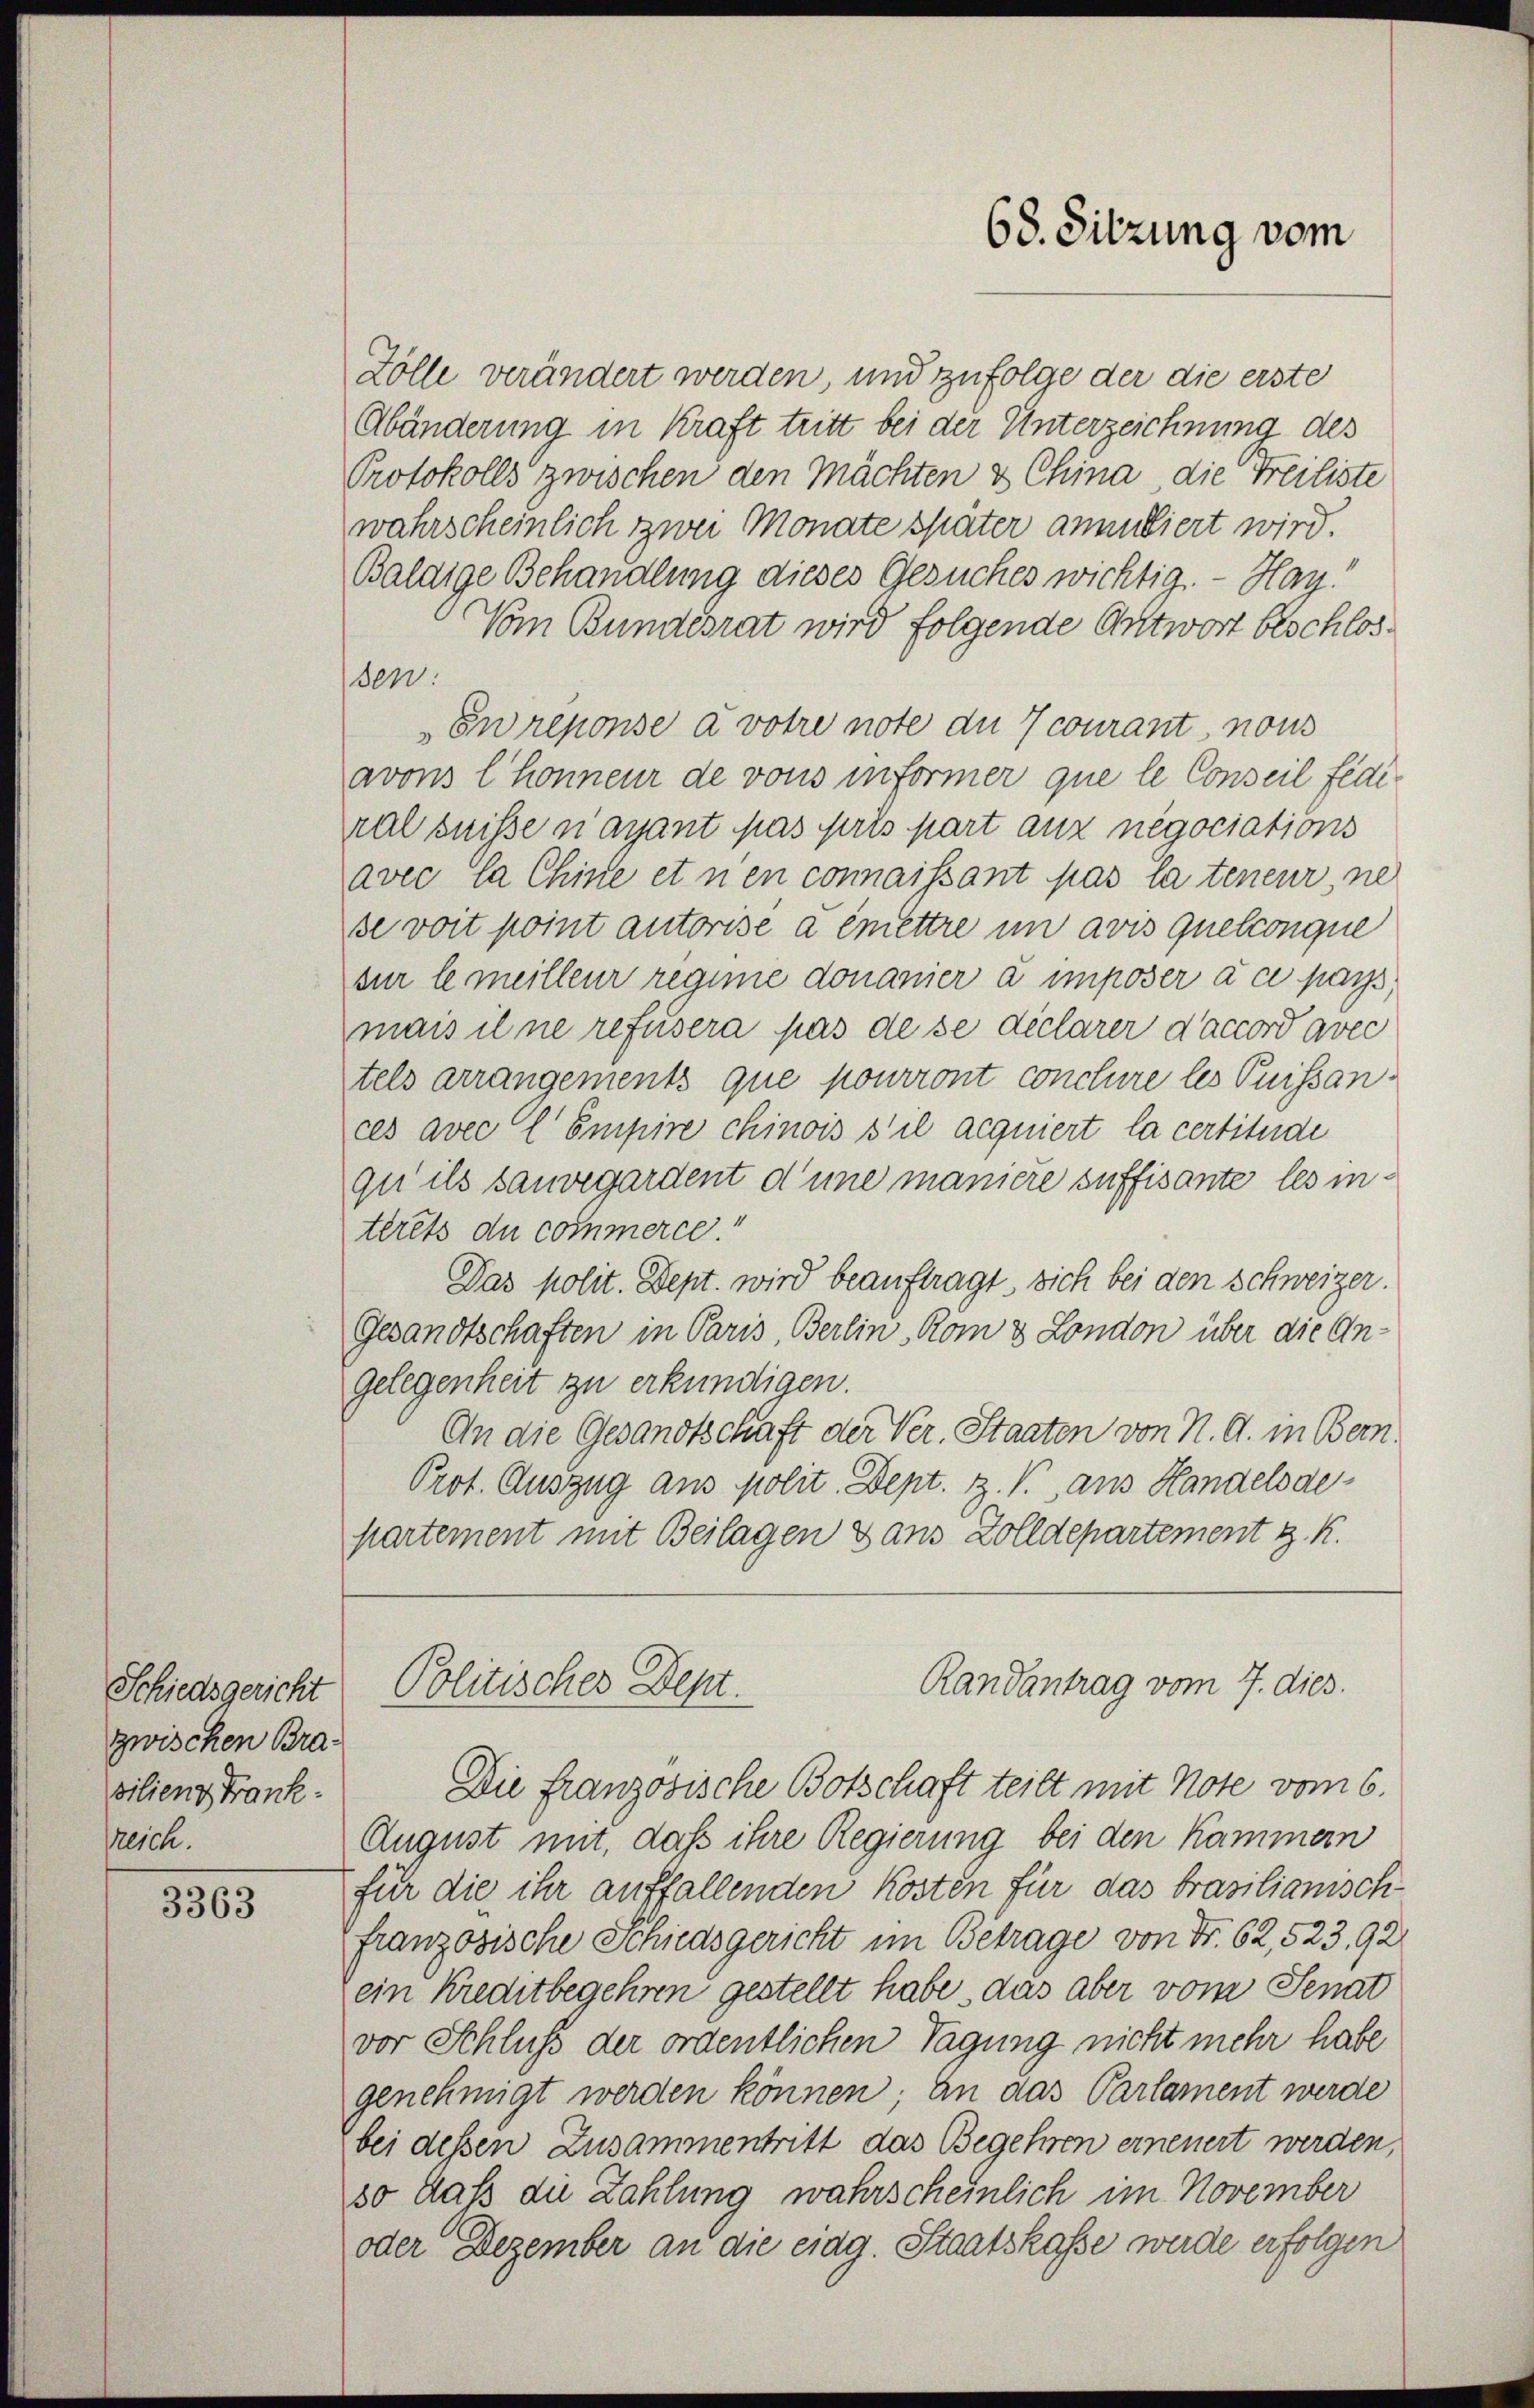
Schiedsgericht
zwischen Brasilienz Frank.
reich.

3363

Zölle verändert werden, und zufolge der die erste
Abänderung in Kraft tritt bei der Unterzeichnung des
Protokolls zwischen den Mächten & China, die Freiliste
wahrscheinlich zwei Monate später anmutiert wird
Baldige Behandlung dieses Gesuches wichtig. — Hay!
Vom Bundesrat wird folgende Antwort beschlosser
En reponse avotre note du 7 courant, nous
avons l’honneur de vons informer que le Conseil fédiral suisse n’ayant pas pris part aux negociations
avec la Chine et n’en connaissant pas la teneur, ne
se voit point autorise a émettre in avis quelconque
sur le meilleur regime donanier a imposer à ce pass
mais il ne refusera pas de se déclarer d’accord avec
tels arrangements que pourront conclure les Puissances avec l Empire chinois s’il acquiert la certitude
qu’ ils sauvegardent d’une manière suffisante les interets du commerce.
Das polit. Dept. wird beauftragt, sich bei den Schweizer.
Gesandtschaften in Paris, Berlin, Rom & London über die An¬
Gelegenheit zu erkundigen.
An die Gesandtschaft der Ver. Staaten von N. O. in Bern.
Prot. Auszug aus polit. Dept. Z. V. aus Handelsdepartement mit Beilagen dans Zolldepartement z. K.

Die französische Botschaft teilt mit Note vom 6.
August mit, daß ihre Regierung bei den Kammern
für die ihr auffallenden Kosten für das brasilianisch
franzosische Schiedsgericht im Betrage von Fr. 62,523, 92
ein Kreditbegehren gestellt habe, das aber vom Senat
vor Schluß der ordentlichen Tagung nicht mehr habe
genehmigt werden können; an das Parlament werde
bei dessen Zusammentritt das Begehren erneuert werden,
so dass die Zahlung wahrscheinlich im November
oder Dezember an die eidg. Staatskasse werde erfolgen

68. Sitzung vom

Randantrag vom 7. dies.
Politisches Dept.